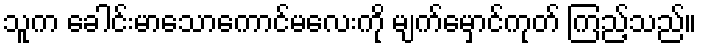
သူက ခေါင်းမာသောကောင်မလေးကို မျက်မှောင်ကုတ် ကြည့်သည်။